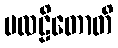
ပလဠိတောတိ